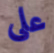
على